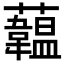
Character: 𧄧